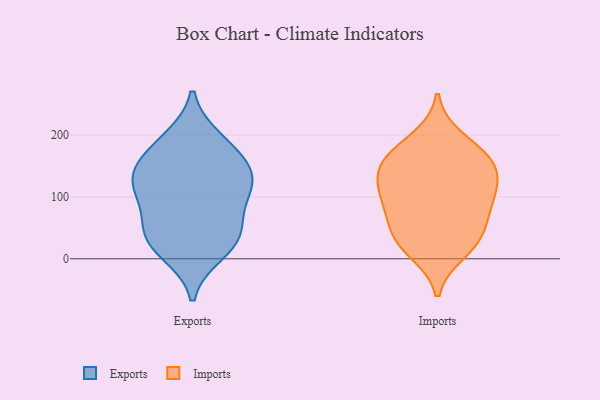
{"axis": {"x": "Headcount", "y": "Value"}, "legend": ["Exports", "Imports"], "data": [{"x": "", "y": 132, "type": "Exports"}, {"x": "", "y": 79, "type": "Exports"}, {"x": "", "y": 37, "type": "Exports"}, {"x": "", "y": 125, "type": "Exports"}, {"x": "", "y": 112, "type": "Exports"}, {"x": "", "y": 11, "type": "Exports"}, {"x": "", "y": 157, "type": "Exports"}, {"x": "", "y": 122, "type": "Exports"}, {"x": "", "y": 32, "type": "Exports"}, {"x": "", "y": 41, "type": "Exports"}, {"x": "", "y": 192, "type": "Exports"}, {"x": "", "y": 179, "type": "Exports"}, {"x": "", "y": 162, "type": "Imports"}, {"x": "", "y": 153, "type": "Imports"}, {"x": "", "y": 126, "type": "Imports"}, {"x": "", "y": 194, "type": "Imports"}, {"x": "", "y": 47, "type": "Imports"}, {"x": "", "y": 35, "type": "Imports"}, {"x": "", "y": 164, "type": "Imports"}, {"x": "", "y": 99, "type": "Imports"}, {"x": "", "y": 148, "type": "Imports"}, {"x": "", "y": 106, "type": "Imports"}, {"x": "", "y": 73, "type": "Imports"}, {"x": "", "y": 26, "type": "Imports"}, {"x": "", "y": 12, "type": "Imports"}, {"x": "", "y": 97, "type": "Imports"}]}